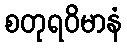
စတုရဝိမာနံ